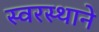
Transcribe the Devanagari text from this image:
स्वरस्थाने